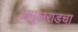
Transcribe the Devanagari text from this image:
अमुलराडचा